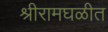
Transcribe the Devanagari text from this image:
श्रीरामघळीत